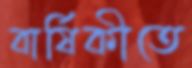
বার্ষিকীতে